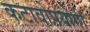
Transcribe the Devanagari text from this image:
कटावोपयोगी